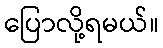
ပြောလို့ရမယ်။